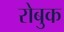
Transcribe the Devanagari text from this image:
रोबुक